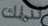
لذلك